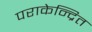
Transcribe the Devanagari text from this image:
पराकेन्द्रित